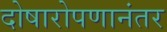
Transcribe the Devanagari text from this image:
दोषारोपणानंतर